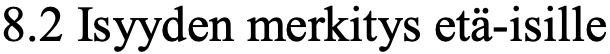
8.2 Isyyden merkitys etä-isille